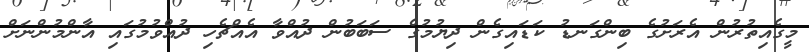
މީގެއިތުރުން އެރަށުގެ ބިންގަނޑު ކަޑައިގެން ދިޔުމުގެ ސަބަބުން ދުއްވާ އެއްޗެހި ދުއްވުމުގައި އާންމުންނަށް